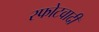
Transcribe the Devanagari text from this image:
स्फोटवादी